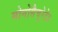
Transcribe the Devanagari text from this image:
मोनोसैचुरेटेड